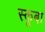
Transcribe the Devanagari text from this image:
स्‍कूबा